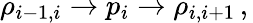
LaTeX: \rho_{i-1,i}\rightarrow p_{i}\rightarrow\rho_{i,i+1}\, ,\,